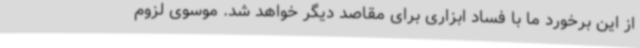
از این برخورد ما با فساد ابزاری برای مقاصد دیگر خواهد شد. موسوی لزوم